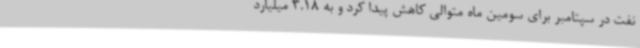
نفت در سپتامبر برای سومین ماه متوالی کاهش پیدا کرد و به 3.18 میلیارد